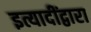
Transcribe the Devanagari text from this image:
इत्यादींद्वारा